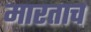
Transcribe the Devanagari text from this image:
मारताच